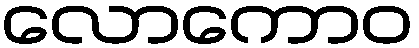
လောကောဝ